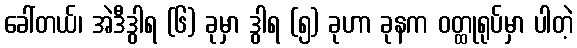
ခေါ်တယ်၊ အဲဒီဒွါရ (၆) ခုမှာ ဒွါရ (၅) ခုဟာ ခုနက ဝတ္ထုရုပ်မှာ ပါတဲ့